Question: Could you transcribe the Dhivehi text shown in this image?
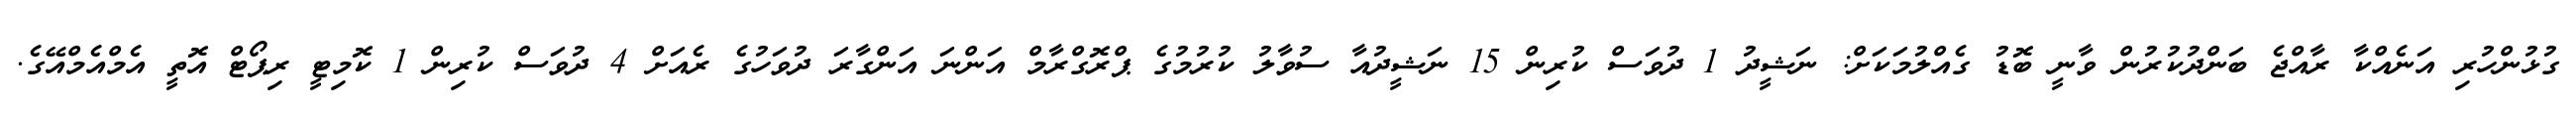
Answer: ގުޅުންހުރި އަނެއްކާ ރާއްޖެ ބަންދުކުރުން ވާނީ ބޮޑު ގެއްލުމަކަށް: ނަޝީދު 1 ދުވަސް ކުރިން 15 ނަޝީދުއާ ސުވާލު ކުރުމުގެ ޕްރޮގްރާމް އަންނަ އަންގާރަ ދުވަހުގެ ރެއަށް 4 ދުވަސް ކުރިން 1 ކޮމިޓީ ރިޕޯޓް އޮތީ އެމްއެމްއޭގެ.